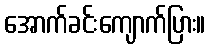
အောက်ခင်းကျောက်ပြား။